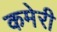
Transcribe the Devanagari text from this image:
कमेरी